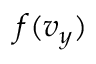
f ( v _ { y } )